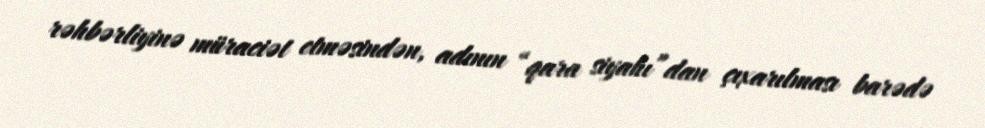
rəhbərliyinə müraciət etməsindən, adının “qara siyahı”dan çıxarılması barədə